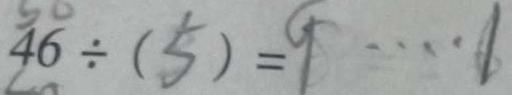
4 6 \div ( 5 ) = 9 \cdots 1